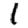
Digit: 1